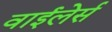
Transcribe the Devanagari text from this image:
वाईलेर्स